Problem: 10 × 5 = ?
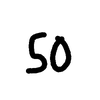
Handwritten answer: 50